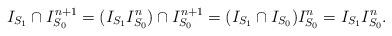
LaTeX: \begin{align*}I_{S_1}\cap I_{S_0}^{n+1}=(I_{S_1} I^n_{S_0})\cap I^{n+1}_{S_0}=(I_{S_1}\cap I_{S_0})I^n_{S_0}=I_{S_1} I^n_{S_0}. \end{align*}